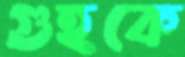
গুহকে